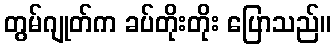
တွမ်ဂျုတ်က ခပ်တိုးတိုး ပြောသည်။